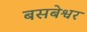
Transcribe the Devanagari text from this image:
बसबेश्वर